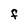
Character: F